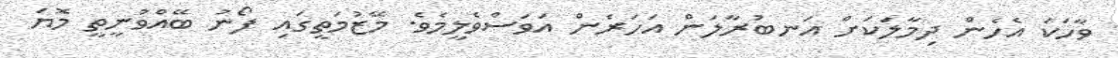
ވާހަކަ އެހެން ދިމާލަަކަށް އަނބުރާލަން އަހަރެން އަވަސްވެލީމެވެ. މޭޒުމަތީގައި ފޯނު ބޭއްވުނީތީ މޮޔަ